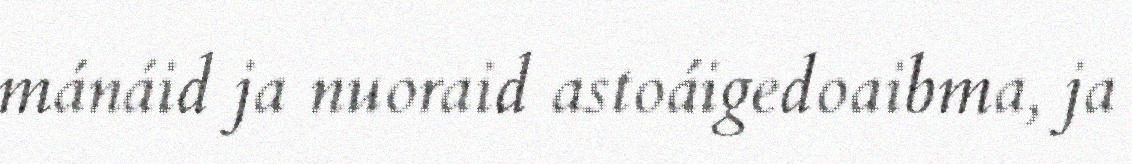
mánáid ja nuoraid astoáigedoaibma, ja